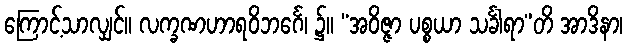
ကြောင့်သာလျှင်။ လက္ခဏဟာရဝိဘင်္ဂေ၊ ၌။ “အဝိဇ္ဇာ ပစ္စယာ သင်္ခါရာ”တိ အာဒိနာ၊